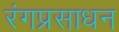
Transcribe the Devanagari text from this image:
रंगप्रसाधन